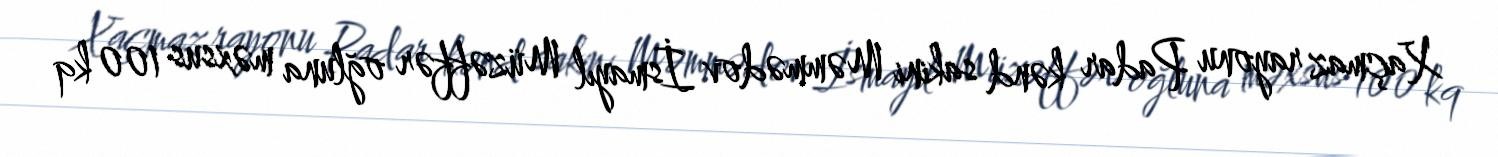
Xaçmaz rayonu Padar kənd sakini Məmmədov İsmayıl Müzəffər oğluna məxsus 100 kq